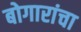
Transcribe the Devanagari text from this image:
बोगारांचा